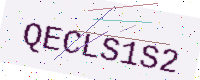
Text: QECLS1S2